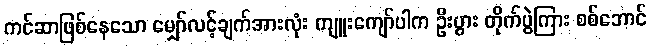
ကင်ဆာဖြစ်နေသော မျှော်လင့်ချက်အားလုံး ကျူးကျော်ပါက ဦးပွား တိုက်ပွဲကြား စစ်ဘောင်